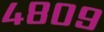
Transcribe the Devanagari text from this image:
४८०९